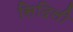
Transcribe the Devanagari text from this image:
सिदिली